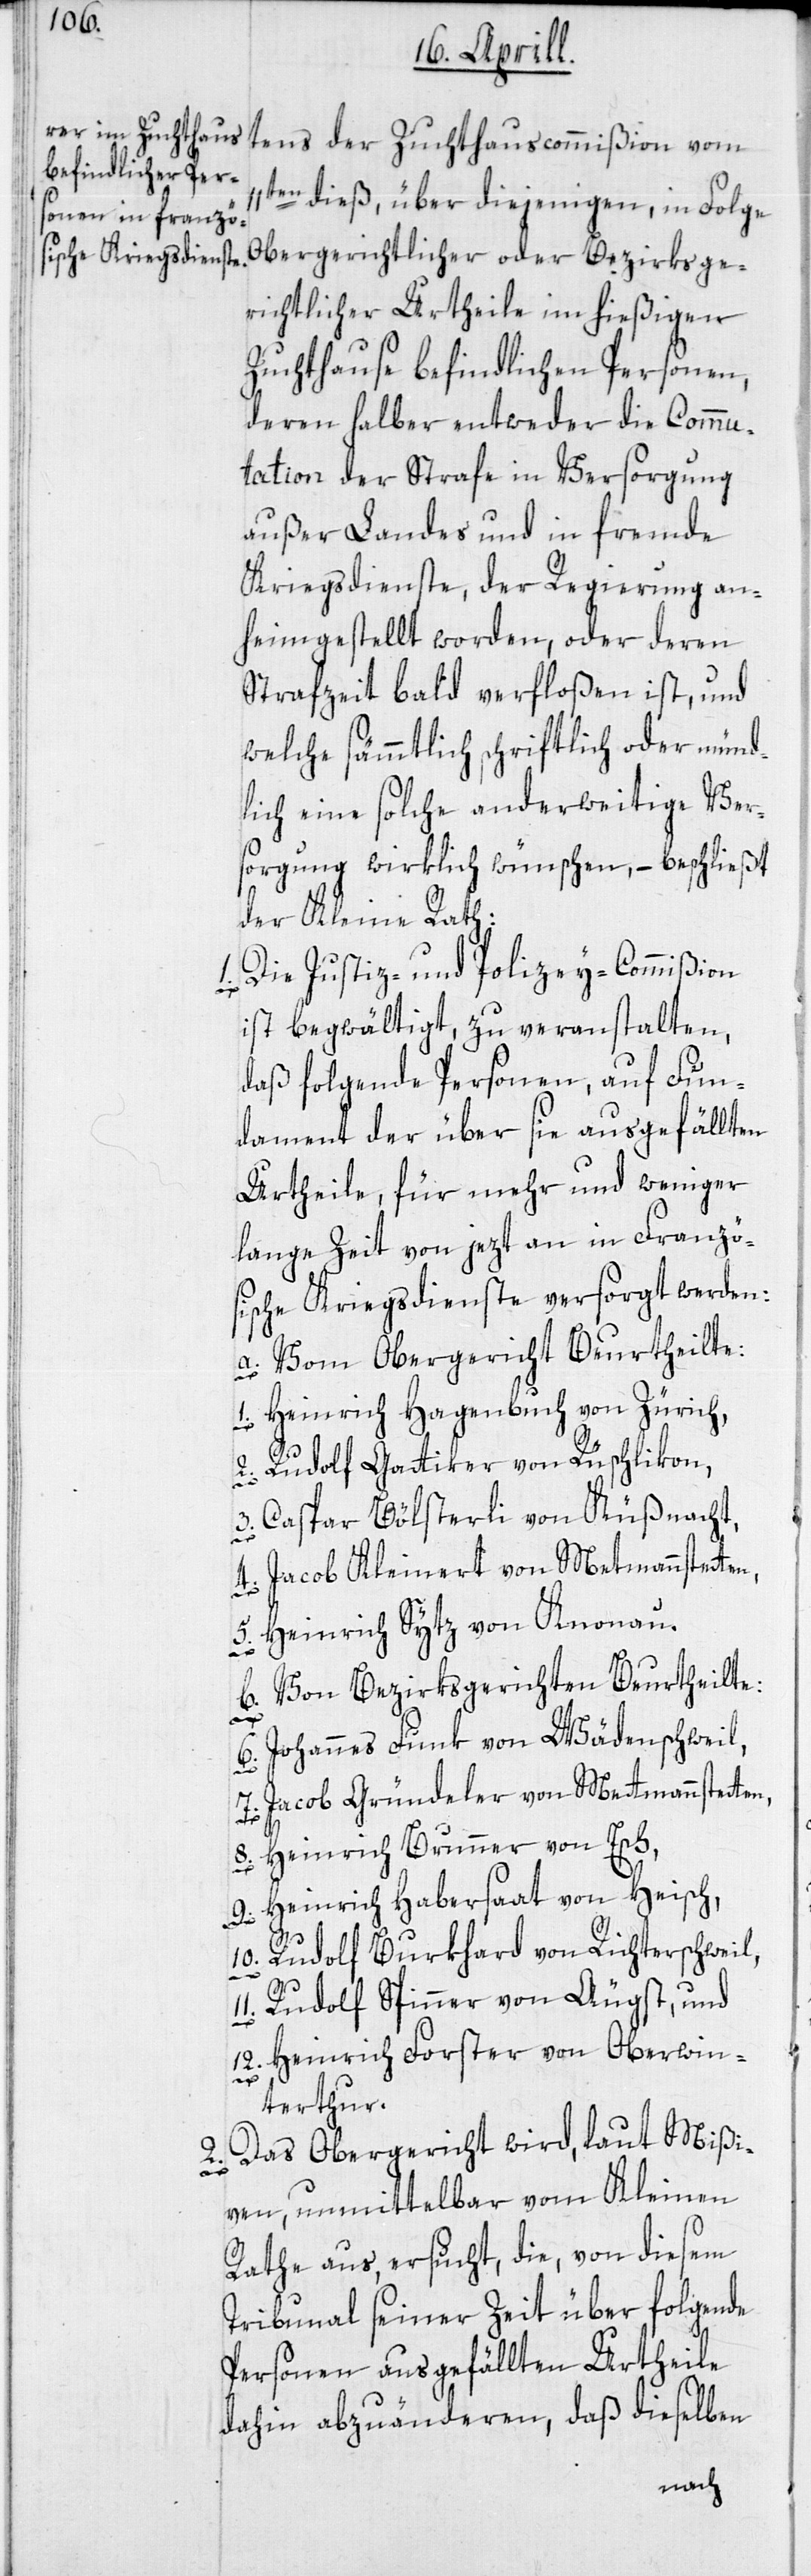
en dieß, über diejenigen, in Folge
Obergerichtlicher oder Bezirksge¬
richtlicher Urtheile im hießigen
Zuchthause befindlichen Personen,
deren halber entweder die Commu¬
tation der Strafe in Versorgung
außer Landes und in fremde
Kriegsdienste, der Regierung an¬
heimgestellt worden, oder deren
Strafzeit bald verfloßen ist, und
welche sämmtlich schriftlich oder münd¬
lich eine solche anderweitige Ver¬
sorgung wirklich wünschen, – beschließt
der Kleine Rath:
1. Die Justiz- und Polizey-Commißion
ist begwältigt, zu veranstalten,
daß folgende Personen, auf Fun¬
dament der über sie ausgefällten
Urtheile, für mehr und weniger
lange Zeit von jezt an in Franzö¬
sische Kriegsdienste versorgt werden:
a. Vom Obergericht Beurtheilte:
1. Heinrich Hagenbuch von Zürich,
2. Rudolf Gattiker von Rüschlikon,
3. Caspar Bölsterli von Küßnacht,
4. Jacob Kleinert von Mettmannstett¬
5. Heinrich Sytz von Knonau.
b. Von Bezirksgerichten Beurtheilte:
n,
6. Johannes Funk von Wädenschweil,
7. Jacob Gründeler von Mettmannstette¬
8. Heinrich Brunner von Esch,
9. Heinrich Habersaat von Heisch,
10. Rudolf Burkhard von Richterschweil,
11. Rudolf Spinner von Aeugst, und
12. Heinrich Forster von Oberwin¬
en,
terthur.
2. Das Obergericht wird, laut Mißi¬
ven, unmittelbar vom Kleinen
Rathe aus, ersucht, die, von diesem
Tribunal seiner Zeit über folgende
Personen ausgefällten Urtheile
dahin abzuänderen, daß dieselben